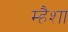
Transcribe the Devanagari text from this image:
म्हैशा